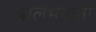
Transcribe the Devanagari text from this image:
बालभावना